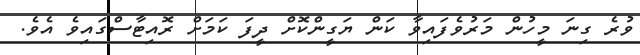
ވުރެ ގިނަ މީހުން މަރުވެފައިވާ ކަން ޔަގީންކޮށް ދީފަ ކަމަށް ރޮއިޓާސްގައިވެ އެވެ.